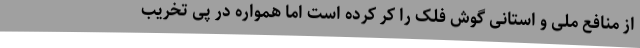
از منافع ملی و استانی گوش فلک را کر کرده است اما همواره در پی تخریب